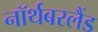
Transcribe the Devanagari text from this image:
नॉर्थबरलैंड